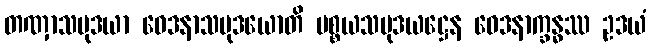
တဏှာသမုဒယာ ဝေဒနာသမုဒယောတိ ပစ္စယသမုဒယဋ္ဌေန ဝေဒနာက္ခန္ဓဿ ဥဒယံ